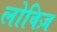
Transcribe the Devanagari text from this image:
लोविज़